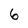
Character: 6